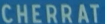
CHERRAT